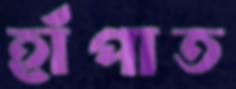
হাঁপাত